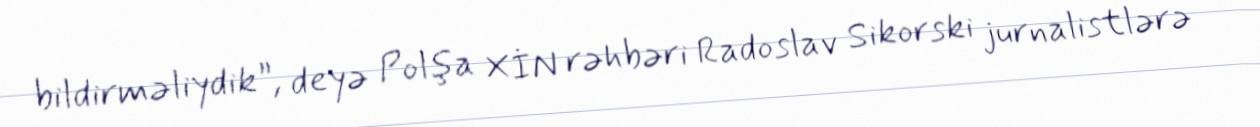
bildirməliydik”, deyə Polşa XİN rəhbəri Radoslav Sikorski jurnalistlərə